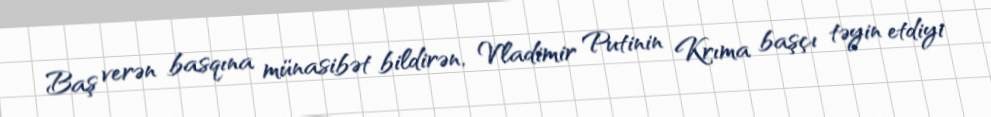
Baş verən basqına münasibət bildirən, Vladimir Putinin Krıma başçı təyin etdiyi